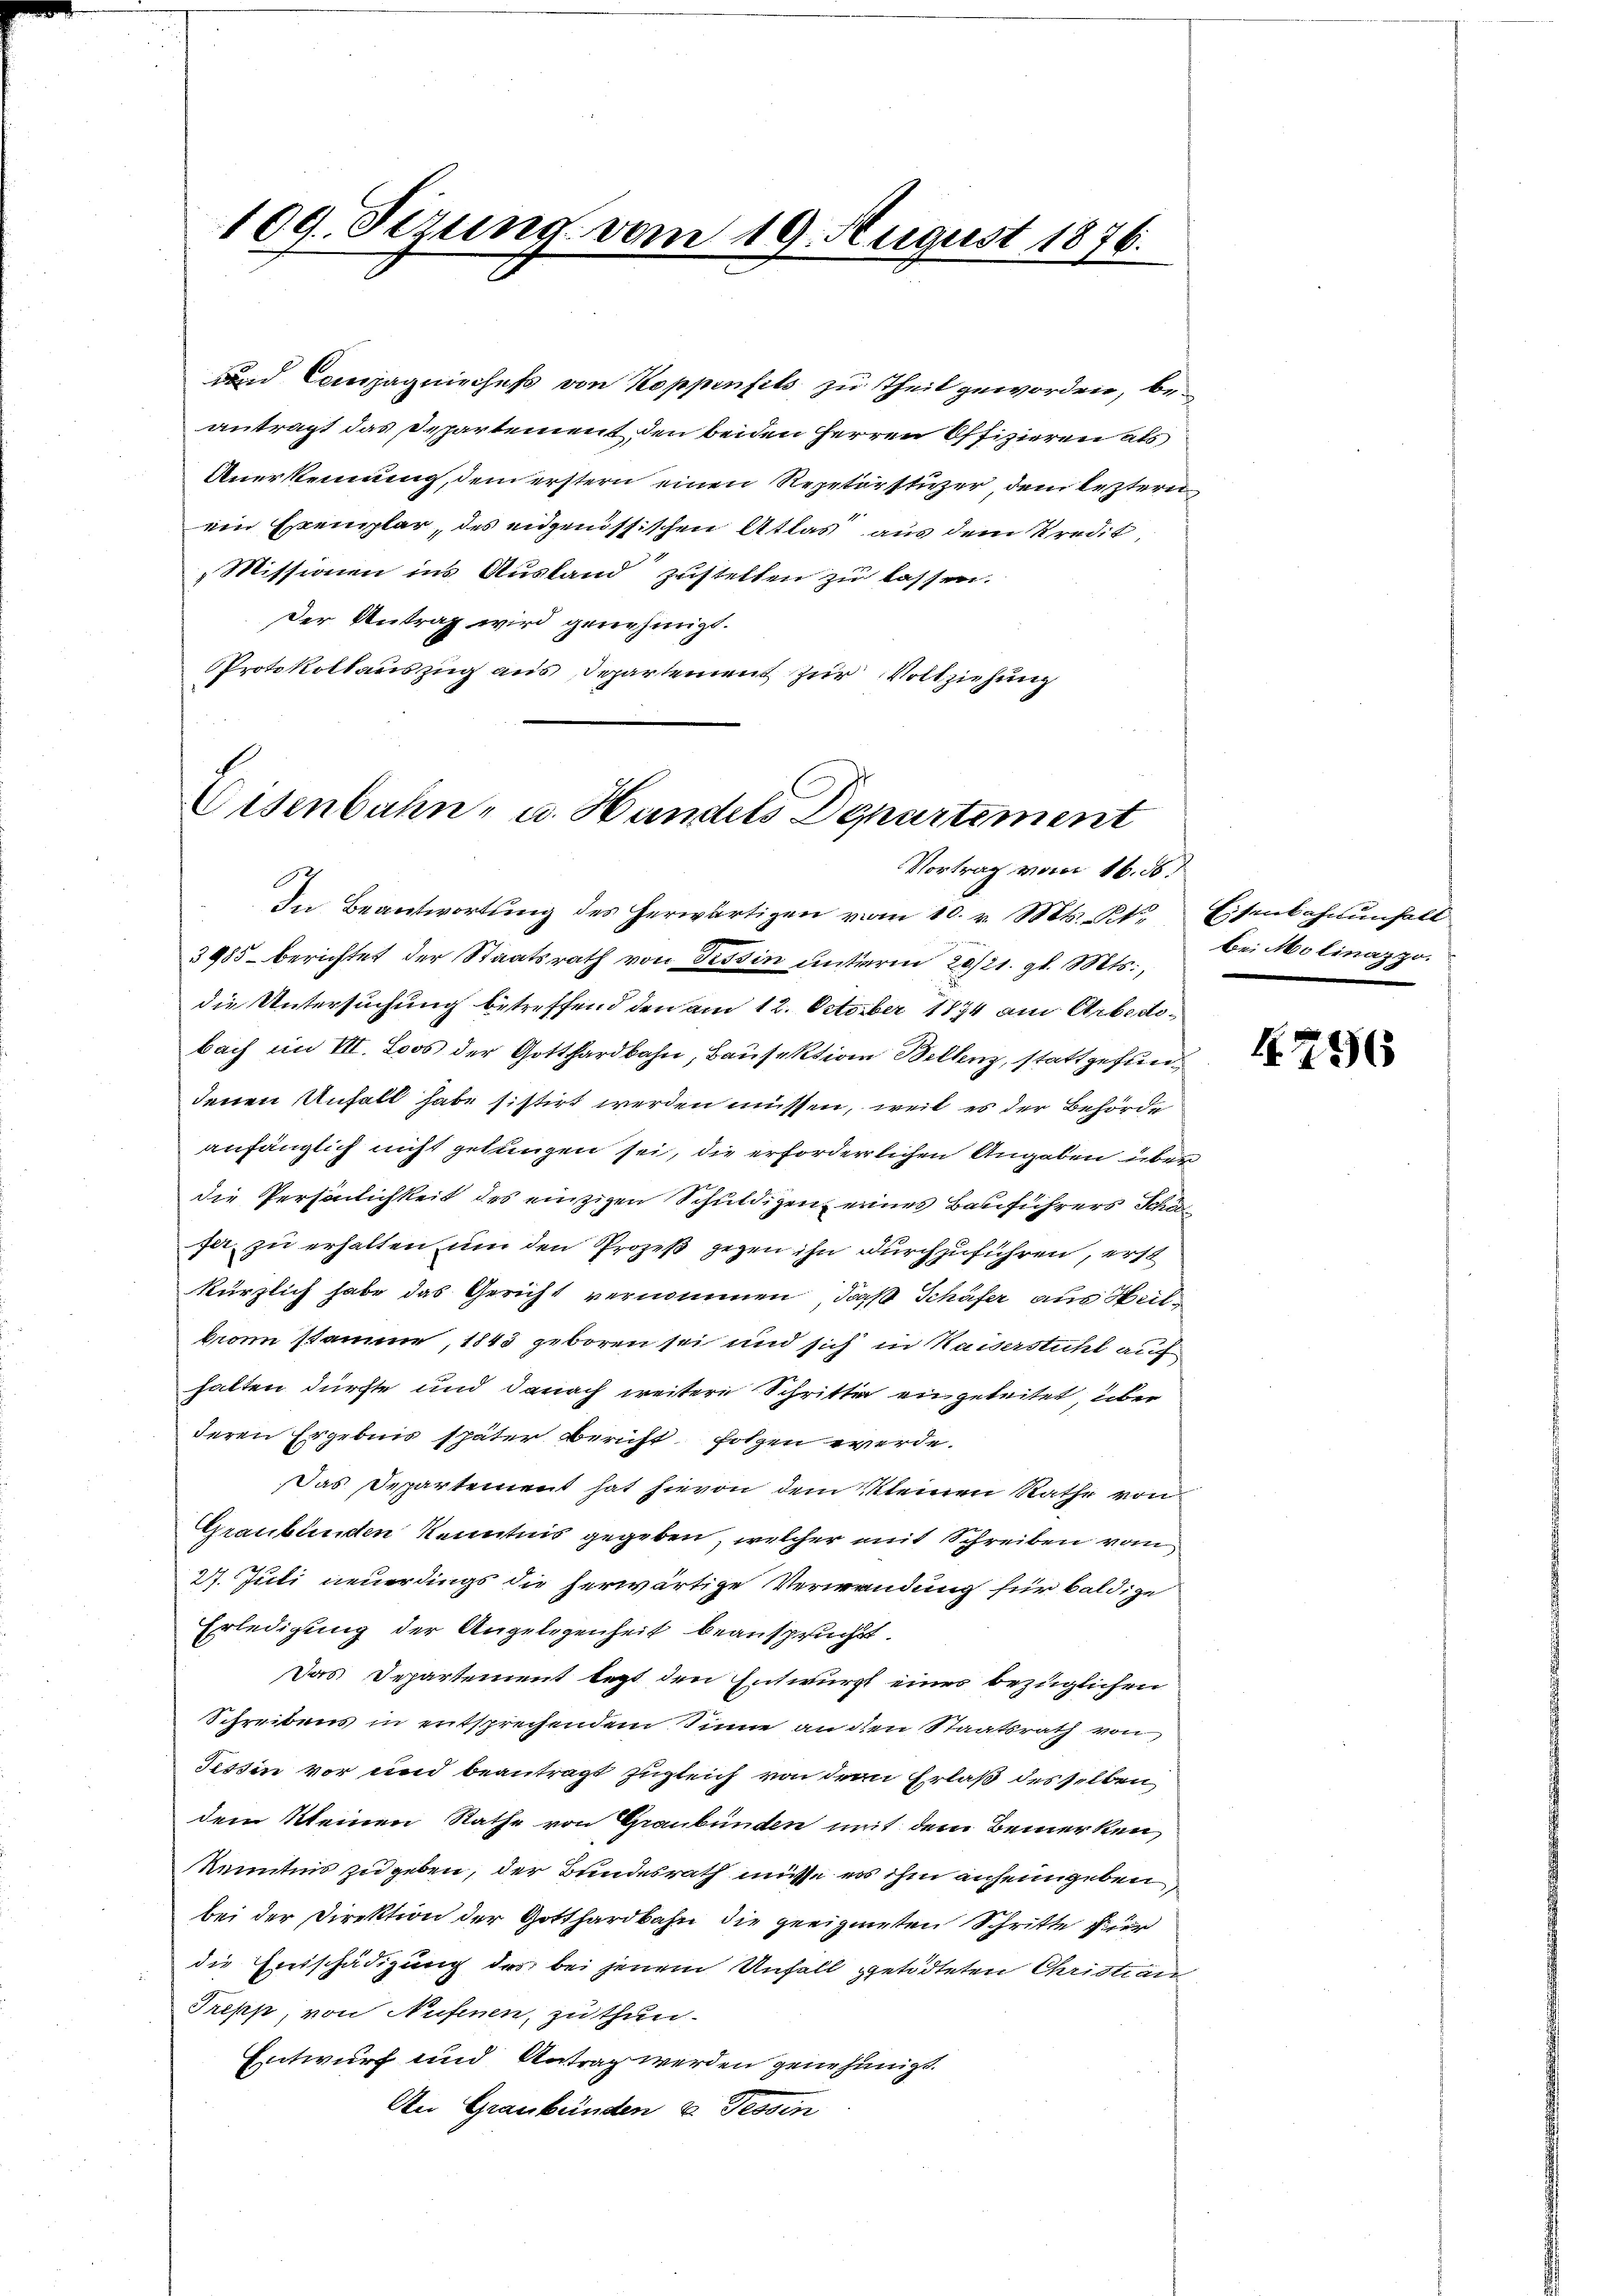
109. Sezung vom 19. August 1876.

und Compagnieches von Koppenfels zu Theil geworden, beantragt das Departement den beiden Herren Offizieren als
Anerkennung, dem erstern einen Repeterstüzer, dem leztere
ein Exemplar, des eidgenössischen Atlas aus dem Kredit,
Missionen ins Ausland“ zustellen zu lassen.
Der Antrag wird genehmigt.
Protokollauszug aus Departement zur Vollziehung

Eisenbahn- u. Handels Departement
Vortrag vom 16. ds.

In Beantwortung des herwärtigen vom 10. v. Mts. t. Eisenbahnungsall
3985 berichtet der Staatsrath von Tessin unterm 20./21. gl. Mts.,
die Untersuchung betreffend den am 12. October 1894 am Arbedobach im III. Loos der Gotthardbahn, Bausektion Bellenz, stattgefundenen Unfall habe sistirt werden müssen, weil es der Behörde
anfänglich nicht gelungen sei, die erforderlichen Angaben über
die Persönlichkeit des einzigen Schuldigen eines Bauführers Schön
fet, zu erhalten um den Prozeß gegen ihn durchzuführen, erst
kürzlich habe das Gericht vernommen, daß Schäfer aus Heilbronn stamme, 1843 geboren sei und sich in Kaisersticht auf
halten dürfte und danach weitere Schritte ein geleitet, über
deren Ergebnis später Bericht folgen werde.
Das Departement hat hievon dem Kleinen Rathe von
Graubünden Kenntnis gegeben, welcher mit Schreiben vom
27. Juli neuerdings die herwärtige Verwendung für baldige
Erledigung der Angelegenheit beansprucht.
Das Departement lezt den Entwurf einer bezüglichen
Schreibens in entsprechendem Sinne an den Staatsrath von
Tessin vor und beantragt zugleich von dem Erlaß des selben
dem Meinen Rathe von Graubünden mit dem Bemerken,
Kenntnis zu geben, der Bundesrath müsse es ihm anheimgeben,
bei der Direktion der Gotthardbahn die geeigneten Schritte für
die Einschädigung des bei jenem Unfall getödteten Christian
Trepp, von Nufenen, zu thun.
Entwurf und Antrag werden genehmigt.
An Graubünden u. Tessin

Bei Molinazzo.

1256